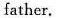
father.